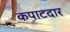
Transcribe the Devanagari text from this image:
कपाटदार